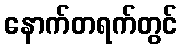
နောက်တရက်တွင်